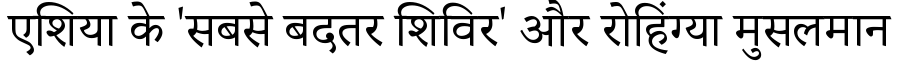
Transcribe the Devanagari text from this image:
एशिया के 'सबसे बदतर शिविर' और रोहिंग्या मुसलमान